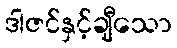
ဒါဇင်နှင့်ချီသော